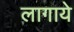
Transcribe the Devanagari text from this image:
लागाये